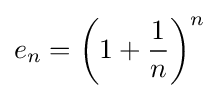
e_{n}=\left(1+{\frac {1}{n}}\right)^{n}